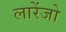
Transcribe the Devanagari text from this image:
लारेंजो